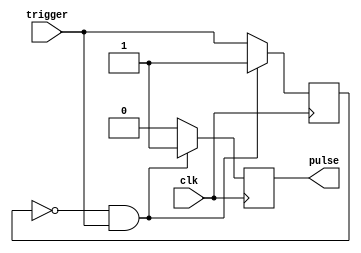
module pulse_gen(clk, trigger, pulse);

	input clk, trigger;
	output pulse;
	
	reg pre_trigger;
	reg pulse;
	
	initial pre_trigger = 1'b0;
	
	always @ (posedge clk)
	begin
		if(pre_trigger == 1'b0 && trigger == 1'b1)
		begin
			pulse <= 1'b1;
			pre_trigger <= 1'b1;
		end
		else
		begin
			pulse <= 1'b0;
			pre_trigger <= trigger;
		end
	end

endmodule